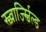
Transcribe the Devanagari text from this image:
स्च्वार्ज्स्चिल्ड